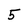
Character: 5